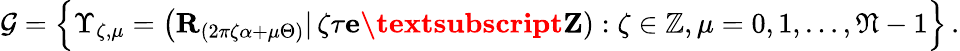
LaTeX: \begin{array}{r}{\mathcal{G}=\Big\{ \Upsilon_{\zeta,\mu}=\big({\mathbf R}_{(2\pi\zeta\alpha+\mu\Theta)}|\, \zeta\tau\textbf{e\textsubscript{Z}}):\zeta\in\mathbb{Z},\mu=0,1,\dots,\mathfrak{N}-1\Big\} \, .}\end{array}